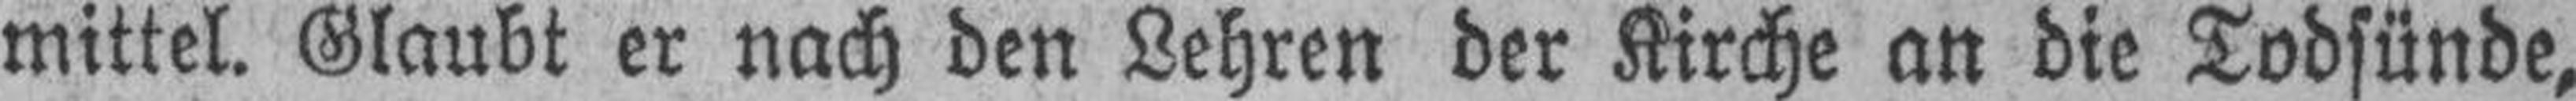
mittel. Glaubt er nach den Lehren der Kirche an die Todsünde,